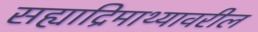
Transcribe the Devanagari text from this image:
सह्याद्रिमाथ्यावरील